Scottish Leaving Certificate Examination, 1960
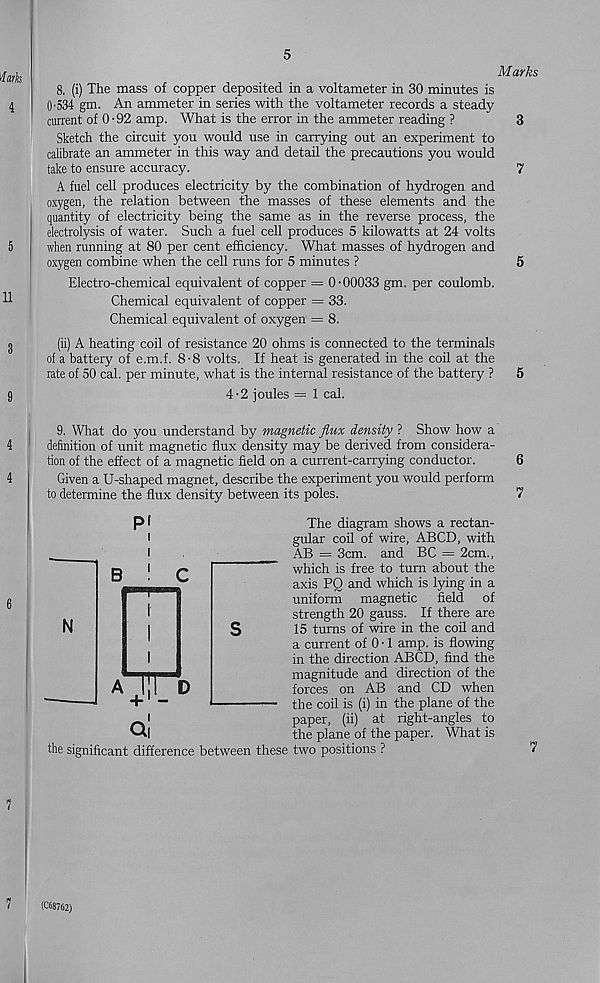
5
Hark
4
5
11
3
9
4
4
Marks
8. (i) The mass of copper deposited in a voltameter in 30 minutes is
0-534 gm. An ammeter in series with the voltameter records a steady-
current of 0-92 amp. What is the error in the ammeter reading ?
3
Sketch the circuit you would use in carrying out an experiment to
calibrate an ammeter in this way and detail the precautions you would
take to ensure accuracy.
7
A fuel cell produces electricity by the combination of hydrogen and
oxygen, the relation between the masses of these elements and the
quantity of electricity being the same as in the reverse process, the
electrolysis of water. Such a fuel cell produces 5 kilowatts at 24 volts
when running at 80 per cent efficiency. What masses of hydrogen and
oxygen combine when the cell runs for 5 minutes ?
5
Electro-chemical equivalent of copper = 0-00033 gm. per coulomb.
Chemical equivalent of copper = 33.
Chemical equivalent of oxygen = 8.
(ii) A heating coil of resistance 20 ohms is connected to the terminals
of a battery of e.m.f. 8-8 volts. If heat is generated in the coil at the
rate of 50 cal. per minute, what is the internal resistance of the battery ?
5
4-2 joules = 1 cal.
9. What do you understand by magnetic flux density ? Show how a
definition of unit magnetic flux density may be derived from considera-
tion of the effect of a magnetic field on a current-carrying conductor.
6
Given a U-shaped magnet, describe the experiment you would perform
to determine the flux density between its poles.
7
6
N
the significant difference between these two positions r
The diagram shows a rectan-
gular coil of wire, ABCD, with
AB = 3cm. and BC = 2cm.,
which is free to turn about the
axis PQ and which is lying in a
uniform magnetic field of
strength 20 gauss. If there are
15 turns of wire in the coil and
a current of 0 • 1 amp. is flowing
in the direction ABCD, find the
magnitude and direction of the
forces on AB and CD when
the coil is (i) in the plane of the
paper, (ii) at right-angles to
the plane of the paper. What is
7
1
(C68762)